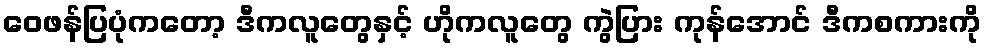
ဝေဖန်ပြပုံကတော့ ဒီကလူတွေနှင့် ဟိုကလူတွေ ကွဲပြား ကုန်အောင် ဒီကစကားကို